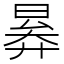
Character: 𣈠